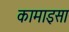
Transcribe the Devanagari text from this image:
कामाइसा